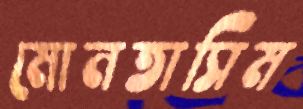
মোনতাসিম